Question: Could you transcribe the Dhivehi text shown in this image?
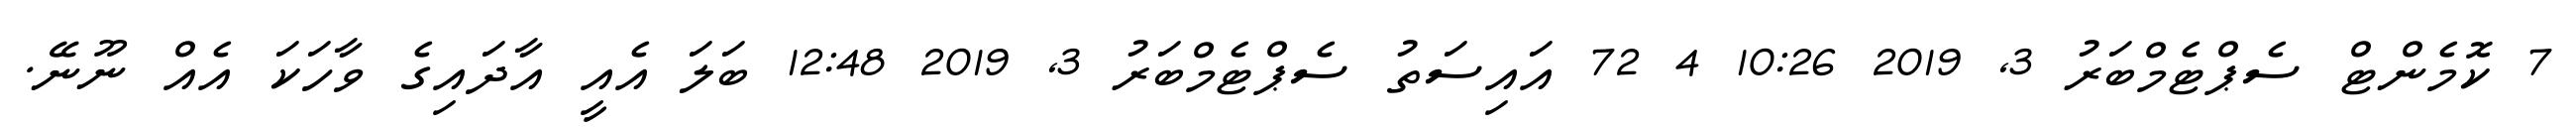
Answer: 7 ކޮމެންޓް ސެޕްޓެމްބަރު 3, 2019 10:26 4 72 އައިސަތު ސެޕްޓެމްބަރު 3, 2019 12:48 ބަލަ އެއީ އާދައިގެ ވާހަކަ އެއް ނޫނޭ.